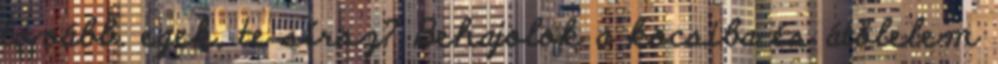
tovább. egek, te sírsz? Behajolok a kocsiba és átölelem